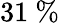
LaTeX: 31\ \%